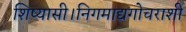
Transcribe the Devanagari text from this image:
शिष्यासी।निगमाद्यगोचराशी